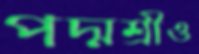
পদ্মশ্রীও